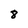
Character: 8